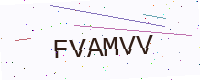
Text: FVAMVV